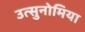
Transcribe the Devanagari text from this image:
उत्सुनोमिया